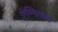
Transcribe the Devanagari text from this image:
ऐम्निओन